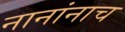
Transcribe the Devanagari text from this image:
नानांनाच